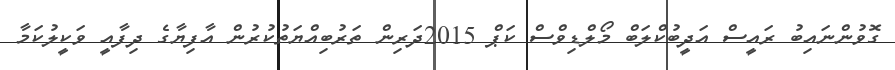
ގޮވުންނައިބު ރައީސް އަދީބުކްލަބް މޯލްޑިވްސް ކަޕް 2015ދަރިން ތަރުބިއްޔަތުކުރުން އާފިޔާގެ ދިފާއީ ވަކީލުކަމާ